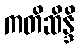
ကတိဆိန္ဒိ